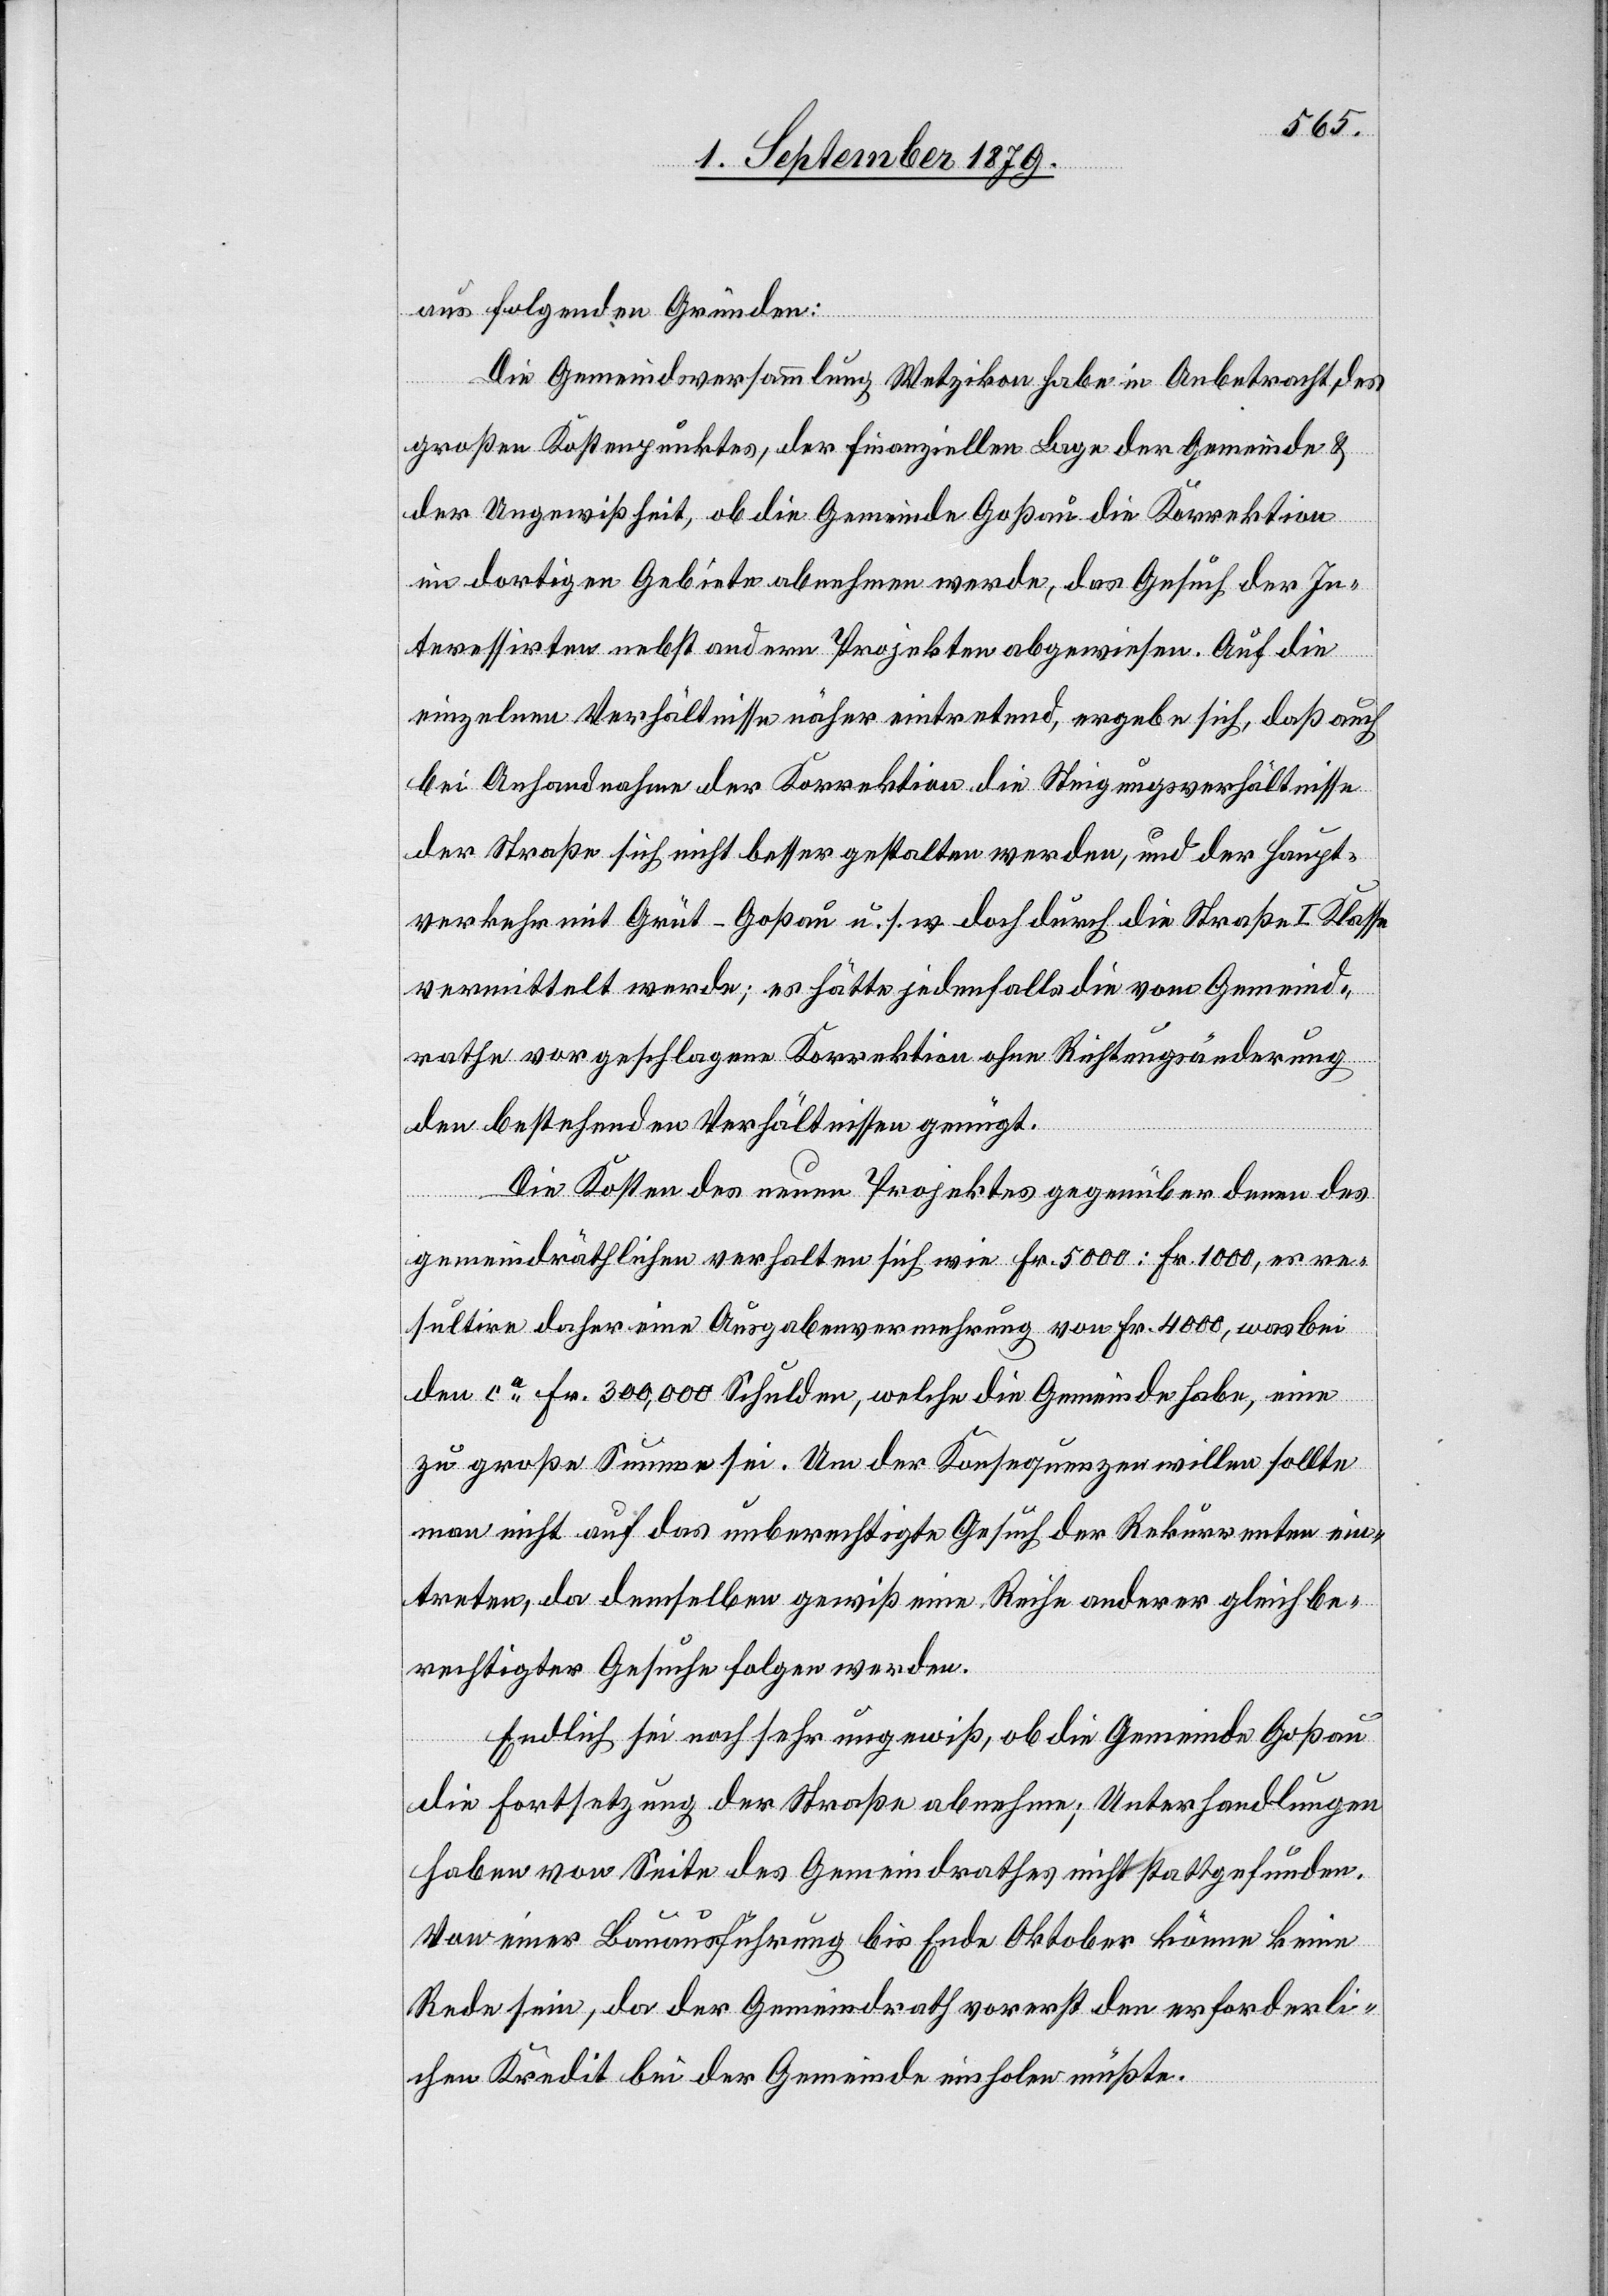
aus folgenden Gründen:
Die Gemeindeversammlung Wetzikon habe in Anbetracht des
großen Kostenpunktes, der finanziellen Lage der Gemeinde &
der Ungewissheit, ob die Gemeinde Goßau die Korrektion
im dortigen Gebiete abnehmen werde, das Gesuch der In¬
teressirten nebst andern Projekten abgewiesen. Auf die
einzelnen Verhältnisse näher eintretend, ergebe sich, daß auch
bei Anhandnahme der Korrektion die Steigungsverhältnisse
der Straße sich nicht besser gestalten werden, und der Haupt¬
verkehr mit Grüt–Goßau u. s. w. doch durch die Straße I. Klasse
vermittelt werde; es hätte jedenfalls die vom Gemeind¬
rathe vorgeschlagene Korrektion ohne Richtungsänderung
den bestehenden Verhältnissen genügt.
Die Kosten des neuen Projektes gegenüber denen des
gemeindräthlichen verhalten sich wie Fr. 5000 : Fr. 1000, es re¬
sultire daher eine Ausgabenvermehrung von Fr. 4000, was bei
den ca Fr. 300,000 Schulden, welche die Gemeinde habe, eine
zu große Summe sei. Um der Konsequenzen willen sollte
man nicht auf das unberechtigte Gesuch der Rekurrenten ein¬
treten, da demselben gewiß eine Reihe anderer gleichbe¬
rechtigter Gesuche folgen werde.
Endlich sei noch sehr ungewiß, ob die Gemeinde Goßau
die Fortsetzung der Straße abnehme; Unterhandlungen
haben von Seite des Gemeindrathes nicht stattgefunden.
Von einer Bauausführung bis Ende Oktober könne keine
Rede sein, da der Gemeindrath vorerst den erforderli¬
chen Kredit bei der Gemeinde einholen müßte.